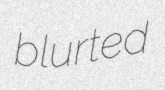
blurted